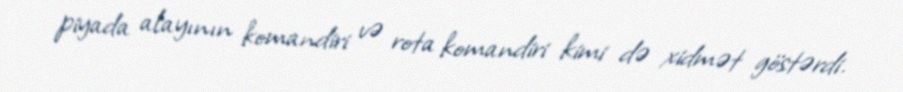
piyada alayının komandiri və rota komandiri kimi də xidmət göstərdi.